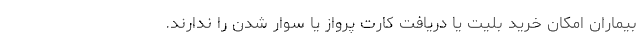
بیماران امکان خرید بلیت یا دریافت کارت پرواز یا سوار شدن را ندارند.